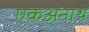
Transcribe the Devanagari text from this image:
एकअनाथ